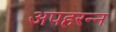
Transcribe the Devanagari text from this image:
अपहरन्न